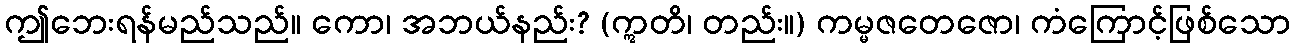
ဤဘေးရန်မည်သည်။ ကော၊ အဘယ်နည်း? (ဣတိ၊ တည်း။) ကမ္မဇတေဇော၊ ကံကြောင့်ဖြစ်သော